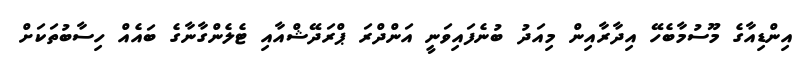
އިންޑިއާގެ މޫސުމާބެހޭ އިދާރާއިން މިއަދު ބުނެފައިވަނީ އަންދްރަ ޕްރަދޭޝްއާއި ޓެލެންގާނާގެ ބައެއް ހިސާބުތަކަށް